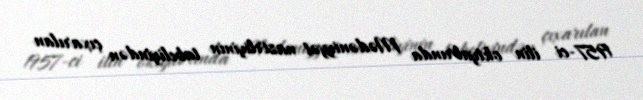
1957-ci ilin oktyabrında Mədəniyyət nazirliyinin tabeliyindən çıxarılan